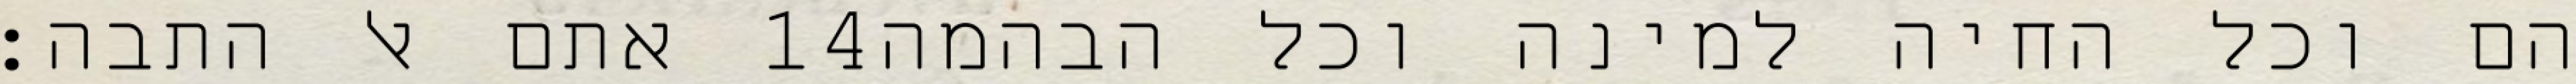
אתם אל התבה׃ ‎14‏ הם וכל החיה למינה וכל הבהמה